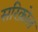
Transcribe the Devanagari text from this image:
सरिक़ोल